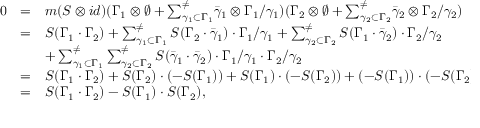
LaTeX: \begin{array} { l l l } { { 0 } } & { { = } } & { { m ( S \otimes i d ) ( \Gamma _ { 1 } \otimes \emptyset + { \sum _ { \gamma _ { 1 } \subset \Gamma _ { 1 } } ^ { \neq } } \bar { \gamma } _ { 1 } \otimes \Gamma _ { 1 } / \gamma _ { 1 } ) ( \Gamma _ { 2 } \otimes \emptyset + { \sum _ { \gamma _ { 2 } \subset \Gamma _ { 2 } } ^ { \neq } } \bar { \gamma } _ { 2 } \otimes \Gamma _ { 2 } / \gamma _ { 2 } ) \medskip } } \\ { { } } & { { = } } & { { S ( \Gamma _ { 1 } \cdot \Gamma _ { 2 } ) + \sum _ { \gamma _ { 1 } \subset \Gamma _ { 1 } } ^ { \neq } S ( \Gamma _ { 2 } \cdot \bar { \gamma } _ { 1 } ) \cdot \Gamma _ { 1 } / \gamma _ { 1 } + \sum _ { \gamma _ { 2 } \subset \Gamma _ { 2 } } ^ { \neq } S ( \Gamma _ { 1 } \cdot \bar { \gamma } _ { 2 } ) \cdot \Gamma _ { 2 } / \gamma _ { 2 } \medskip } } \\ { { } } & { { } } & { { + \sum _ { \gamma _ { 1 } \subset \Gamma _ { 1 } } ^ { \neq } \sum _ { \gamma _ { 2 } \subset \Gamma _ { 2 } } ^ { \neq } S ( \bar { \gamma } _ { 1 } \cdot \bar { \gamma } _ { 2 } ) \cdot \Gamma _ { 1 } / \gamma _ { 1 } \cdot \Gamma _ { 2 } / \gamma _ { 2 } \medskip } } \\ { { } } & { { = } } & { { S ( \Gamma _ { 1 } \cdot \Gamma _ { 2 } ) + S ( \Gamma _ { 2 } ) \cdot ( - S ( \Gamma _ { 1 } ) ) + S ( \Gamma _ { 1 } ) \cdot ( - S ( \Gamma _ { 2 } ) ) + ( - S ( \Gamma _ { 1 } ) ) \cdot ( - S ( \Gamma _ { 2 } ) ) \medskip } } \\ { { } } & { { = } } & { { S ( \Gamma _ { 1 } \cdot \Gamma _ { 2 } ) - S ( \Gamma _ { 1 } ) \cdot S ( \Gamma _ { 2 } ) , } } \end{array}